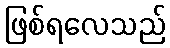
ဖြစ်ရလေသည်